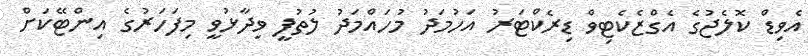
އެވިޑް ކޮލެޖުގެ އެގްޒެކެޓިވް ޑިރެކްޓަރު އަހުމަދު މުހައްމަދު ލުތުފީ ވިދާޅުވީ މިފަހަރުގެ އިންޓޭކަށް